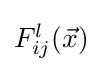
{\textstyle F_{ij}^{l}({\vec {x}})}